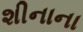
શીનાના